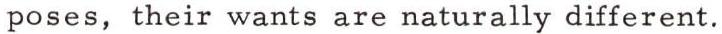
poses, their wants are naturally different.